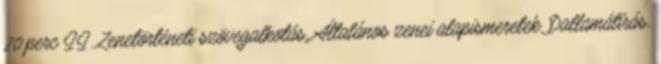
20 perc II. Zenetörténeti szövegalkotás, Általános zenei alapismeretek, Dallamátírás.